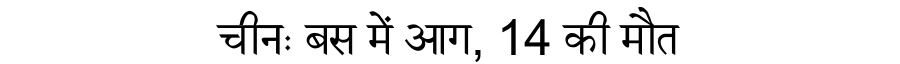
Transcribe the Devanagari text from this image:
चीनः बस में आग, 14 की मौत